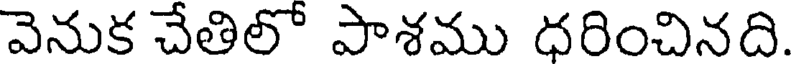
వెనుక చేతిలో పాశము ధరించినది.